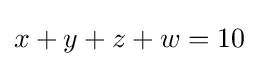
x+y+z+w=10